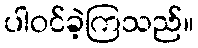
ပါဝင်ခဲ့ကြသည်။